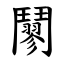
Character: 䰘